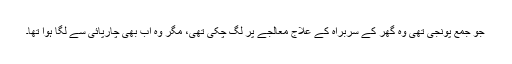
جو جمع پونجی تھی وہ گھر کے سربراہ کے علاج معالجے پر لگ چکی تھی، مگر وہ اب بھی چارپائی سے لگا ہوا تھا۔